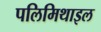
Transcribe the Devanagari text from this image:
पलिमिथाइल